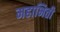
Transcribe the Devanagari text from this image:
महाभित्ती